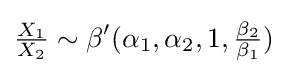
{\tfrac {X_{1}}{X_{2}}}\sim \beta '(\alpha _{1},\alpha _{2},1,{\tfrac {\beta _{2}}{\beta _{1}}})